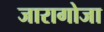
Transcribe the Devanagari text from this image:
जारागोजा